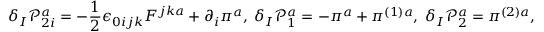
\delta _ { I } \mathcal { P } _ { 2 i } ^ { a } = - \frac { 1 } { 2 } \epsilon _ { 0 i j k } F ^ { j k a } + \partial _ { i } \pi ^ { a } , \; \delta _ { I } \mathcal { P } _ { 1 } ^ { a } = - \pi ^ { a } + \pi ^ { ( 1 ) a } , \; \delta _ { I } \mathcal { P } _ { 2 } ^ { a } = \pi ^ { ( 2 ) a } ,